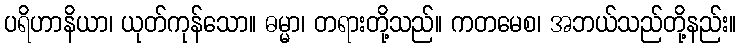
ပရိဟာနိယာ၊ ယုတ်ကုန်သော။ ဓမ္မာ၊ တရားတို့သည်။ ကတမေစ၊ အဘယ်သည်တို့နည်း။